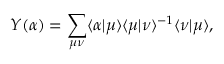
Y ( \alpha ) = \sum _ { \mu \nu } \langle \alpha | \mu \rangle \langle \mu | \nu \rangle ^ { - 1 } \langle \nu | \mu \rangle ,